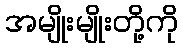
အမျိုးမျိုးတို့ကို